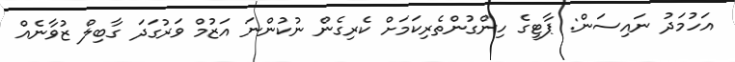
އަހުމަދު ނައިސަން: ޕާޓީގެ ހިންގުންތެރިކަމަށް ކެރިގެން ނުކުންނަ އަޒުމް ވަރުގަދަ ގާބިލް ޒުވާނެއް